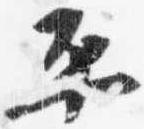
平